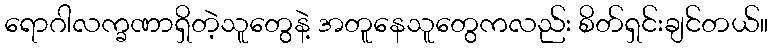
ရောဂါလက္ခဏာရှိတဲ့သူတွေနဲ့ အတူနေသူတွေကလည်း စိတ်ရှင်းချင်တယ်။